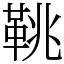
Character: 鞉